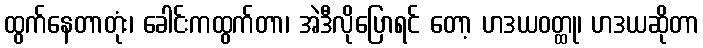
ထွက်နေတာတုံး၊ ခေါင်းကထွက်တာ၊ အဲဒီလိုပြောရင် တော့ ဟဒယဝတ္ထု၊ ဟဒယဆိုတာ